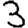
Digit: 3